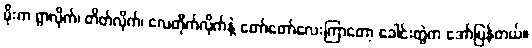
မိုးက ရွာလိုက်၊ တိတ်လိုက်၊ လေတိုက်လိုက်နဲ့ တော်တော်လေးကြာတော့ ခေါင်းတွဲက အော်ပြန်တယ်။